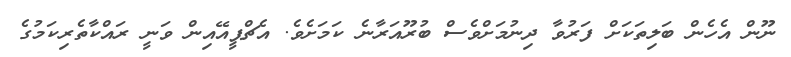
ނޫން އެހެން ބަލިތަކަށް ފަރުވާ ދިނުމަށްވެސް ބުރޫއަރާނެ ކަމަށެވެ. އެޗްޕީއޭއިން ވަނީ ރައްކާތެރިކަމުގެ